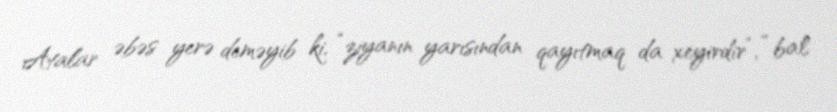
Atalar əbəs yerə deməyib ki, “ziyanın yarısından qayıtmaq da xeyirdir”, “bal